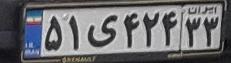
۵۱ی۴۲۴۳۳